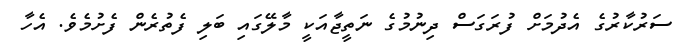
ސަރުކާރުގެ އެދުމަށް ފުރަގަސް ދިނުމުގެ ނަތީޖާއަކީ މާލޭގައި ބަލި ފެތުރެން ފެށުމެވެ. އެހާ